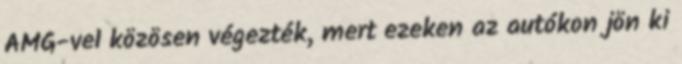
AMG-vel közösen végezték, mert ezeken az autókon jön ki